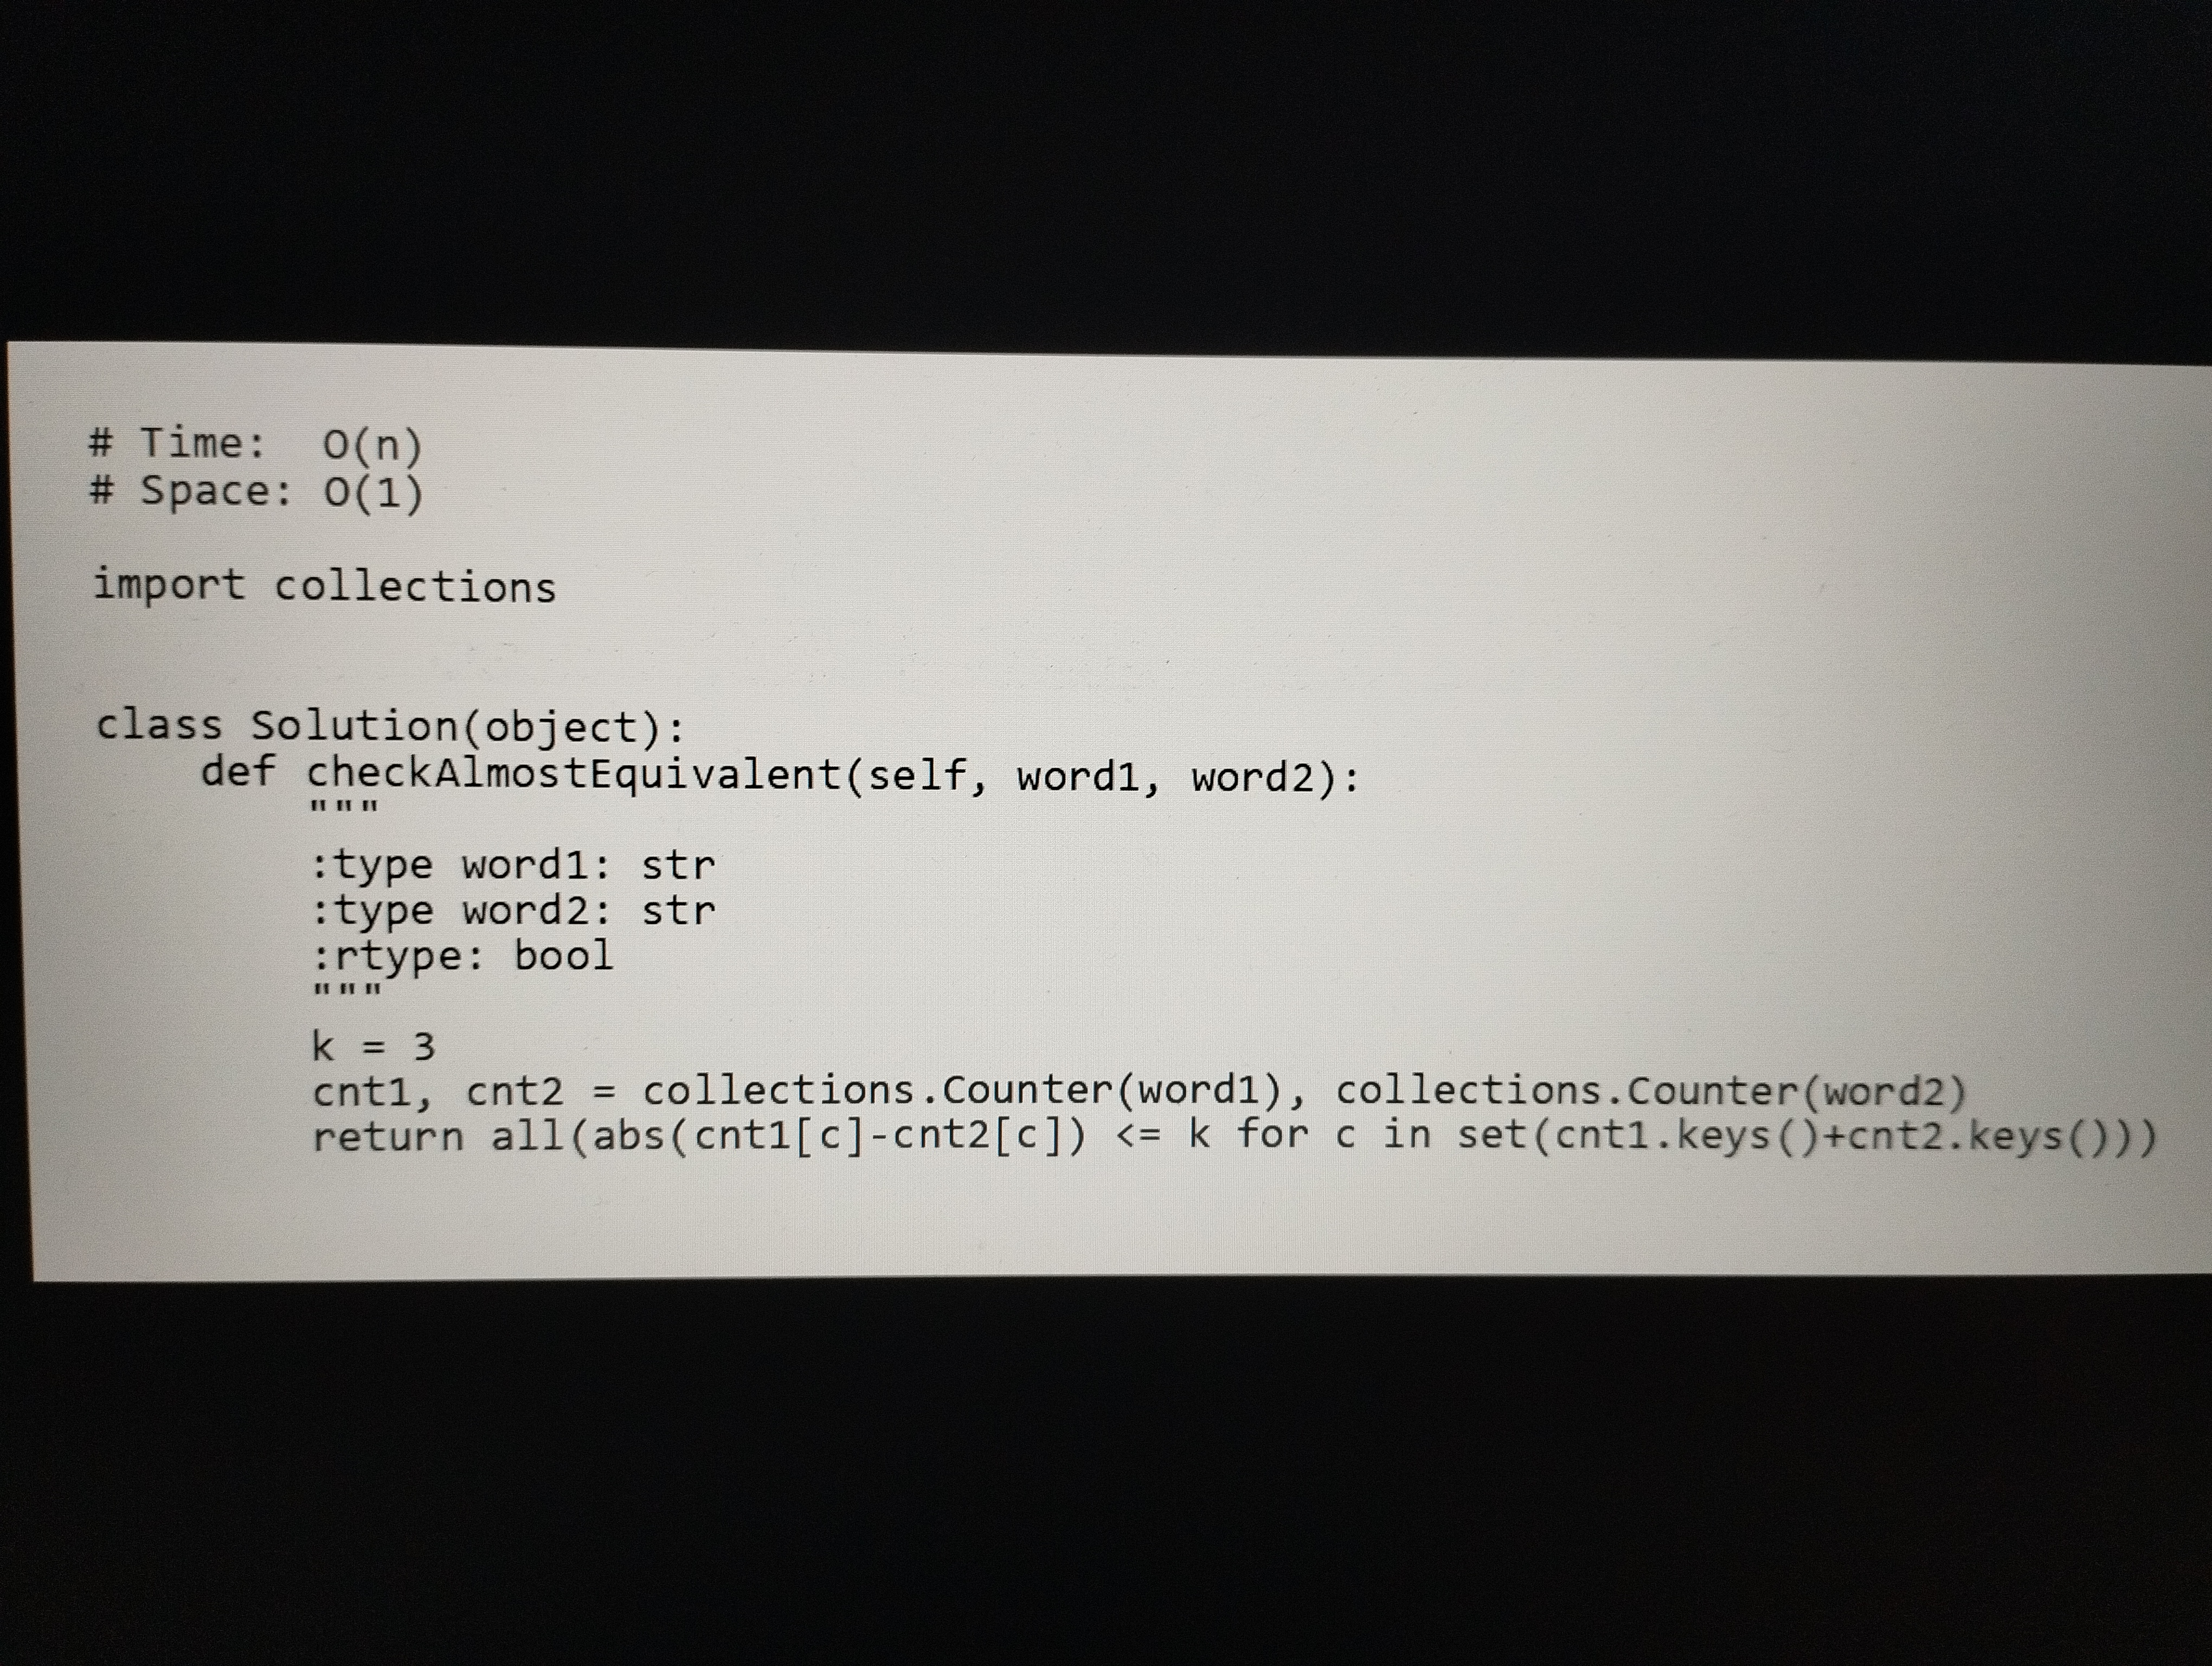
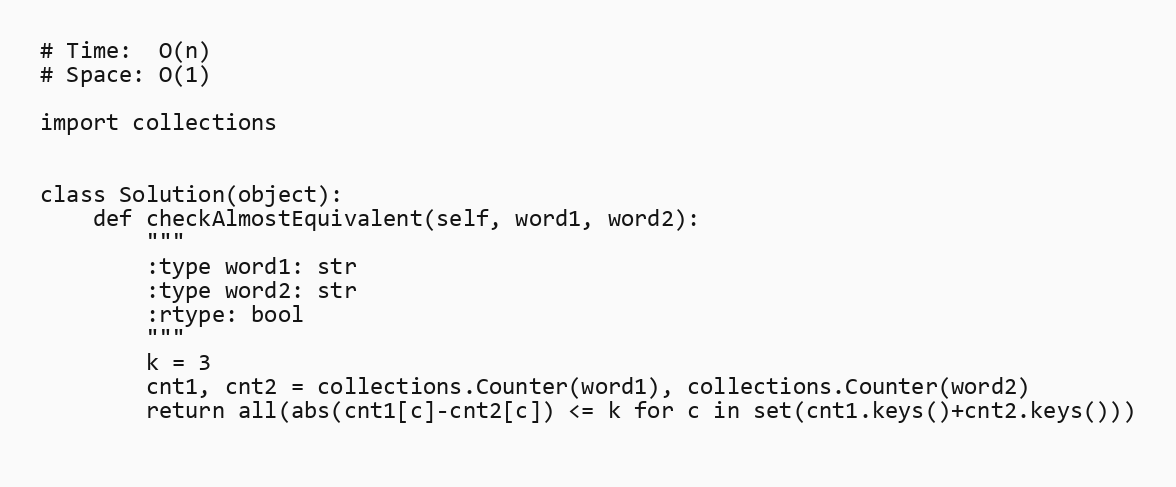
# Time:  O(n)
# Space: O(1)

import collections

class Solution(object):
    def checkAlmostEquivalent(self, word1, word2):
        """
        :type word1: str
        :type word2: str
        :rtype: bool
        """
        k = 3
        cnt1, cnt2 = collections.Counter(word1), collections.Counter(word2)
        return all(abs(cnt1[c]-cnt2[c]) <= k for c in set(cnt1.keys()+cnt2.keys()))